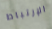
الإرتباط